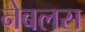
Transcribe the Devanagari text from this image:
नेबलस